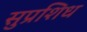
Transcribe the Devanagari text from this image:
सुप्रशिध